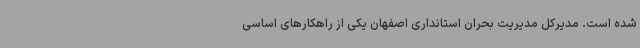
شده است. مدیرکل مدیریت بحران استانداری اصفهان یکی از راهکارهای اساسی